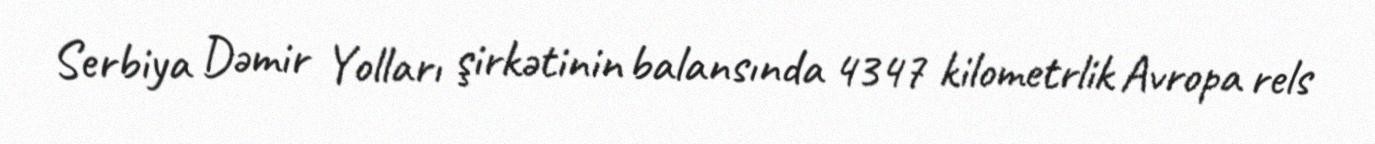
Serbiya Dəmir Yolları şirkətinin balansında 4347 kilometrlik Avropa rels